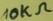
Text: 10KΩ